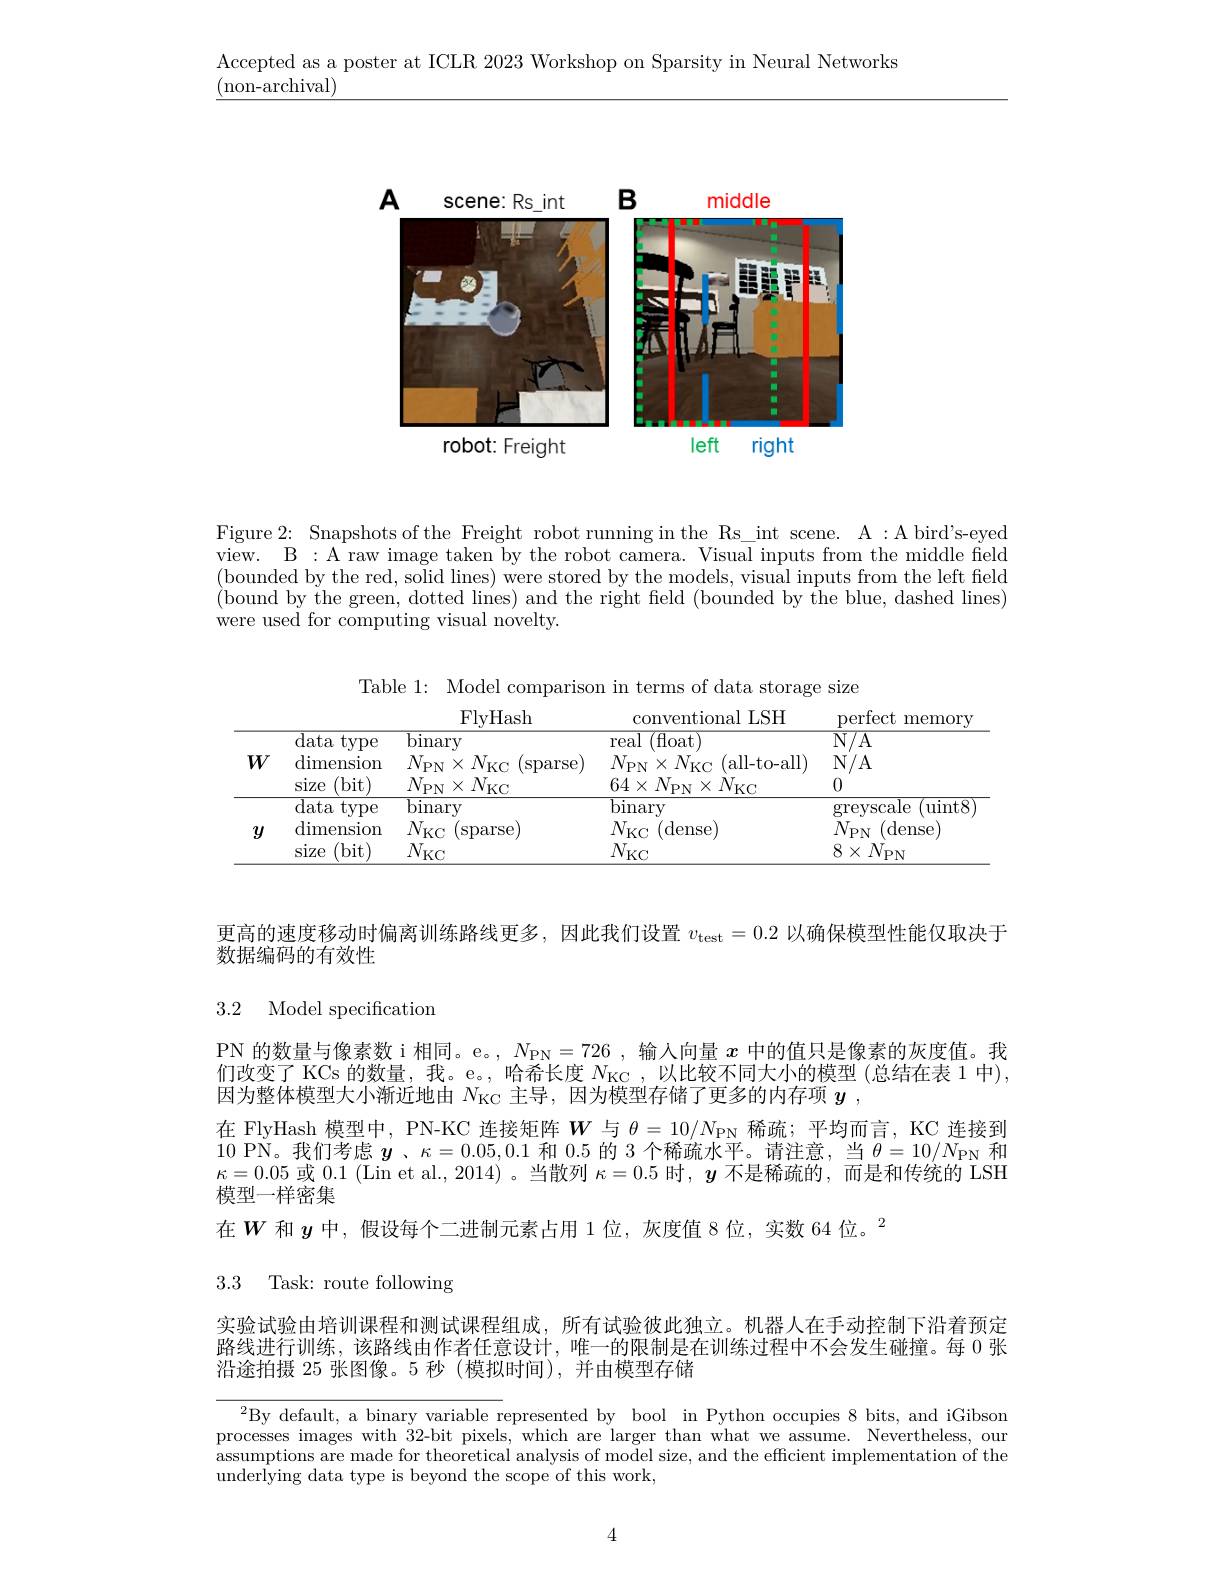
Accepted as a poster at ICLR 2023 Workshop on Sparsity in Neural Networks
$\underline{({\mathrm{non-archival}})}$

<FigureHere>

Figure 2: Snapshots of the Freight robot running in the Rs\_int scene. A :A bird's-eyed view. B : A raw image taken by the robot camera. Visual inputs from the middle field (bounded by the red, solid lines) were stored by the models, visual inputs from the left field (bound by the green, dotted lines) and the right field (bounded by the blue, dashed lines) were used for computing visual novelty.

Table 1: Model comparison in terms of data storage size
conventional LSH
FlyHash
perfect memory
<table>
	<tbody>
		<tr>
			<th>$W$</th>
			<th>data type $\operatorname{dimension}$ size (bit)</th>
			<th>$\overline{\mathrm{binary}}$ $N_{\mathrm{PN}}\times N_{\mathrm{KC}}$ (sparse) $N_{\mathrm{PN}}\times N_{\mathrm{KC}}$</th>
			<th>$({\mathrm{float}}$ real $N_{\mathrm{PN}}\times N_{\mathrm{KC}}$ (all-to-all) $64\times N_{\mathrm{PN}}\times\dot{N}_{\mathrm{KC}}$</th>
			<th>$\overline{\mathrm{N/A}}$ N/ A 0</th>
		</tr>
		<tr>
			<td>$y$</td>
			<td>data type $\operatorname{dimension}$ (bit) size</td>
			<td>binary $N_{\mathrm{KC}}$ (sparse) $N_{\mathrm{KC}}$</td>
			<td>binary $N_{\mathrm{KC}}$ (dense) $N_{\mathrm{KC}}$</td>
			<td>greyscale $\operatorname{uint8}$ $\bar{N}_{\mathrm{PN}}$ (dense) $8\times$ $N_{\mathrm{PN}}$</td>
		</tr>
	</tbody>
</table>

更高的速度移动时偏离训练路线更多，因此我们设置$v_{\mathrm{test}}=0.2$以确保模型性能仅取决于
数据编码的有效性

## 3.2 Model specification

PN 的数量与像素数 i 相同。e。, $N_{\mathrm{PN}}=726$ ,输入向量$x$中的值只是像素的灰度值。我们改变了 KCs 的数量，我。e。, 哈希长度$N_\mathrm{KC}$,以比较不同大小的模型 (总结在表 1 中), 因为整体模型大小渐近地由$N_\mathrm{KC}$主导，因为模型存储了更多的内存项$y$ ,
在 FlyHash 模型中，PN-KC 连接矩阵$W$与$\theta=10/N_{\mathrm{PN}}$稀疏；平均而言，KC 连接到10 PN。我们考虑$\boldsymbol{y}$、$\kappa=0.05,0.1$和0.5的 3个稀疏水平。请注意，当$\theta=10/N_{\mathrm{PN}}$和$\kappa=0.05$或0.1 (Lin et al., 2014)。当散列$\kappa=0.5$时$,\boldsymbol{y}$不是稀疏的，而是和传统的 LSH 模型一样密集
在$W$和$y$中，假设每个二进制元素占用 1位，灰度值 8 位，实数 64 位。$^{2}$

3.3 Task: route following

实验试验由培训课程和测试课程组成，所有试验彼此独立。机器人在手动控制下沿着预定路线进行训练，该路线由作者任意设计，唯一的限制是在训练过程中不会发生碰撞。每 0 张沿途拍摄 25 张图像。5 秒 (模拟时间),并由模型存储

$^{2}$By default, a binary variable represented by bool in Python occupies 8 bits, and iGibson processes images with 32-bit pixels, which are larger than what we assume. Nevertheless, our assumptions are made for theoretical analysis of model size, and the efficient implementation of the underlying data type is beyond the scope of this work,

4